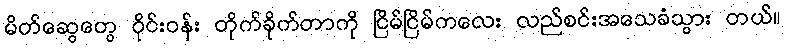
မိတ်ဆွေတွေ ဝိုင်းဝန်း တိုက်ခိုက်တာကို ငြိမ်ငြိမ်ကလေး လည်စင်းအသေခံသွား တယ်။